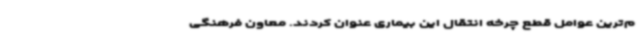
م‌ترین عوامل قطع چرخه انتقال این بیماری عنوان کردند. معاون فرهنگی